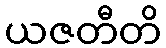
ယဇတီတိ